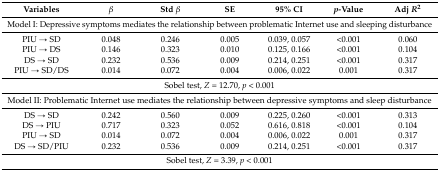
<table><thead><tr><td><b>Variables</b></td><td><b><i>β</i></b></td><td><b>Std <i>β</i></b></td><td><b>SE</b></td><td><b>95% CI</b></td><td><b><i>p</i>-Value</b></td><td><b>Adj <i>R</i><sup>2</sup></b></td></tr></thead><tbody><tr><td colspan="7">Model I: Depressive symptoms mediates the relationship between problematic Internet use and sleeping disturbance</td></tr><tr><td>PIU → SD</td><td>0.048</td><td>0.246</td><td>0.005</td><td>0.039, 0.057</td><td>&lt;0.001</td><td>0.060</td></tr><tr><td>PIU → DS</td><td>0.146</td><td>0.323</td><td>0.010</td><td>0.125, 0.166</td><td>&lt;0.001</td><td>0.104</td></tr><tr><td>DS → SD</td><td>0.232</td><td>0.536</td><td>0.009</td><td>0.214, 0.251</td><td>&lt;0.001</td><td>0.317</td></tr><tr><td>PIU → SD/DS</td><td>0.014</td><td>0.072</td><td>0.004</td><td>0.006, 0.022</td><td>0.001</td><td>0.317</td></tr><tr><td colspan="7">Sobel test, <i>Z</i> = 12.70, <i>p</i> &lt; 0.001</td></tr><tr><td colspan="7">Model II: Problematic Internet use mediates the relationship between depressive symptoms and sleep disturbance</td></tr><tr><td>DS → SD</td><td>0.242</td><td>0.560</td><td>0.009</td><td>0.225, 0.260</td><td>&lt;0.001</td><td>0.313</td></tr><tr><td>DS → PIU</td><td>0.717</td><td>0.323</td><td>0.052</td><td>0.616, 0.818</td><td>&lt;0.001</td><td>0.104</td></tr><tr><td>PIU → SD</td><td>0.014</td><td>0.072</td><td>0.004</td><td>0.006, 0.022</td><td>0.001</td><td>0.317</td></tr><tr><td>DS → SD/PIU</td><td>0.232</td><td>0.536</td><td>0.009</td><td>0.214, 0.251</td><td>&lt;0.001</td><td>0.317</td></tr><tr><td colspan="7">Sobel test, <i>Z</i> = 3.39, <i>p</i> &lt; 0.001</td></tr></tbody></table>